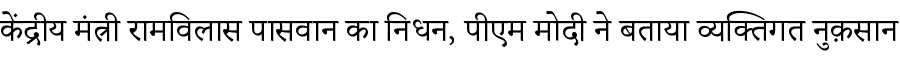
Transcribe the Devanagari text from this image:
केंद्रीय मंत्री रामविलास पासवान का निधन, पीएम मोदी ने बताया व्यक्तिगत नुक़सान